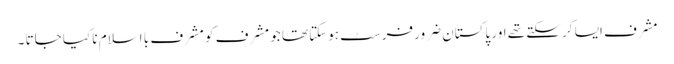
مشرف ایسا کر سکتے تھے اور پاکستان ضرور فرسٹ ہوسکتا تھا جو مشرف کو مشرف با اسلام نا کیا جاتا ۔